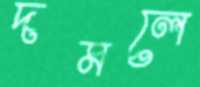
দমলে